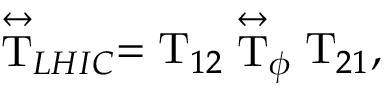
\stackrel { \leftrightarrow } { \mathrm { T } } _ { L H I C } = \mathrm { T } _ { 1 2 } \stackrel { \leftrightarrow } { \mathrm { T } } _ { \phi } \mathrm { T } _ { 2 1 } ,